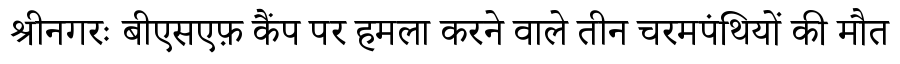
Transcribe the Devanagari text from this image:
श्रीनगरः बीएसएफ़ कैंप पर हमला करने वाले तीन चरमपंथियों की मौत